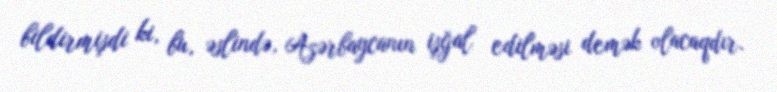
bildirmişdi ki, bu, əslində, Azərbaycanın işğal edilməsi demək olacaqdır.